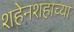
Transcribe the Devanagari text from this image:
शहेनशहाच्या